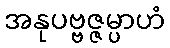
အနုပဗ္ဗဇ္ဇမ္ပာဟံ